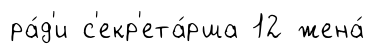
ра́д'и с'екр'ета́рша 12 жена́